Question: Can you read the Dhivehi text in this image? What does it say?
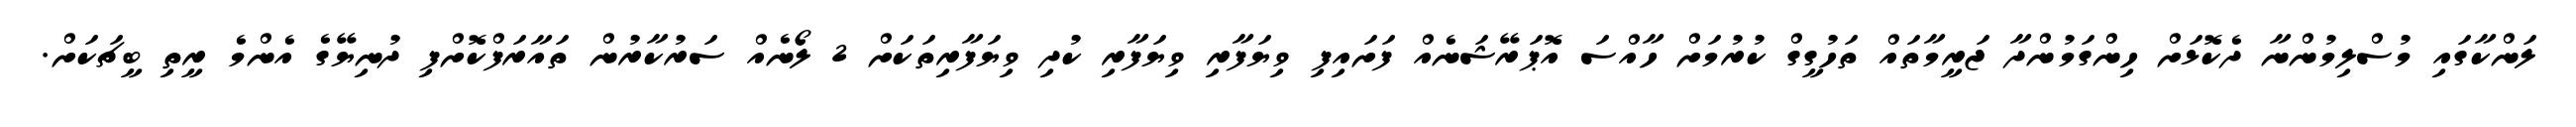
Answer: ލަންކާގައި މުސްލިމުންނާ ދެކޮޅަށް ހިންގަމުންދާ ޖަރީމާތައް ތަހުގީގް ކުރުމަށް ހާއްސަ އޮޕަރޭޝަނެއް ފަށައިފި ވިޔަފާރި ވިޔަފާރި ކުދި ވިޔަފާރިތަކަށް 2 ލޯނެއް ސަރުކާރުން ތައާރަފްކޮށްފި ދުނިޔޭގެ އެންމެ ރީތި ބީޗަކަށް.